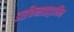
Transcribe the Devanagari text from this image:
डाईफेनहाइड्रामिन